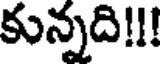
కున్నది!!